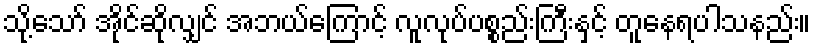
သို့သော် အိုင်ဆိုလျှင် အဘယ်ကြောင့် လူလုပ်ပစ္စည်းကြီးနှင့် တူနေရပါသနည်း။